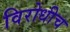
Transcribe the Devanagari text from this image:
विरोधीच